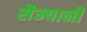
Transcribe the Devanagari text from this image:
सैन्यानी